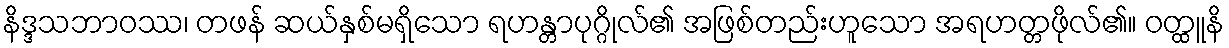
နိဒ္ဒသဘာဝဿ၊ တဖန် ဆယ်နှစ်မရှိသော ရဟန္တာပုဂ္ဂိုလ်၏ အဖြစ်တည်းဟူသော အရဟတ္တဖိုလ်၏။ ဝတ္ထူနိ